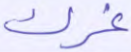
غرك